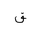
Letter: _qaf